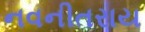
નવનીતરાય